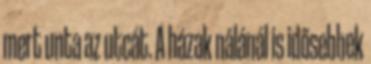
mert unta az utcát. A házak nálánál is idősebbek